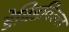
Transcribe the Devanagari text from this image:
डेविडविल्ल